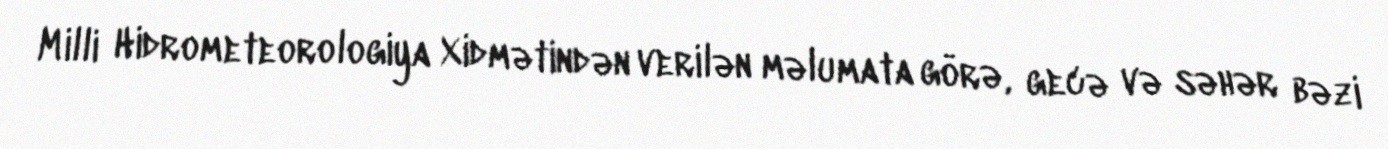
Milli Hidrometeorologiya Xidmətindən verilən məlumata görə, gecə və səhər bəzi